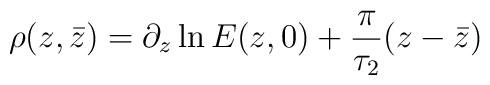
\rho(z,\bar{z})=\partial_{z}\ln{E(z,0)}+\frac{\pi}{\tau_{2}}(z-\bar{z})